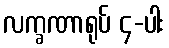
လက္ခဏာရုပ် ၄-ပါး